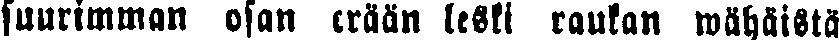
suurimman osan erään leski raukan wähäistä